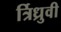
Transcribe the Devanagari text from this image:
र्त्रिध्रुवी